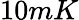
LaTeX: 10mK